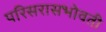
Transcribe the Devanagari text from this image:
परिसरासभोवती